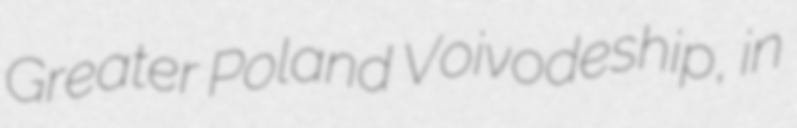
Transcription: Greater Poland Voivodeship, in